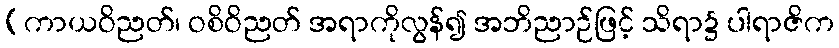
(ကာယဝိညတ်၊ ဝစိဝိညတ် အရာကိုလွန်၍ အဘိညာဉ်ဖြင့် သိရာ၌ ပါရာဇိက